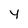
Character: y